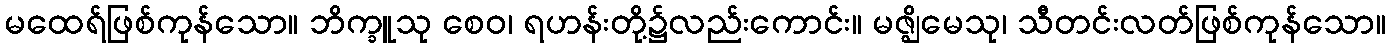
မထေရ်ဖြစ်ကုန်သော။ ဘိက္ခူသု စေဝ၊ ရဟန်းတို့၌လည်းကောင်း။ မဇ္ဈိမေသု၊ သီတင်းလတ်ဖြစ်ကုန်သော။